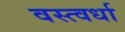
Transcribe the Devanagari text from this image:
वस्त्वर्धा